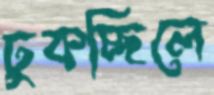
ঢুকচ্ছিলে